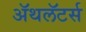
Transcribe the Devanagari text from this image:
ॲथलॅटर्स